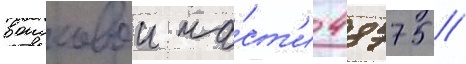
воисковои ча́ст'и 48775 //